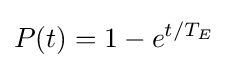
P(t)=1-e^{t/T_{E}}